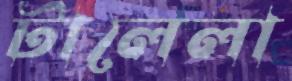
টালেলা